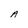
Character: A